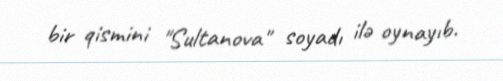
bir qismini "Sultanova" soyadı ilə oynayıb.